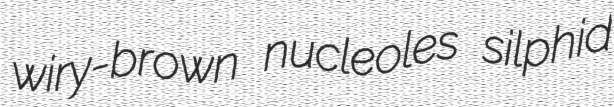
wiry-brown nucleoles silphid